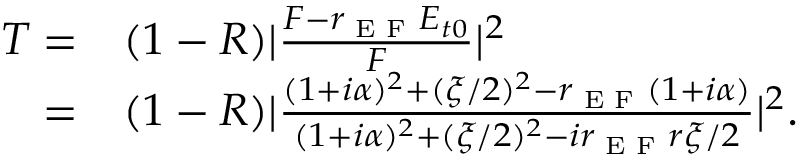
\begin{array} { r l } { T = } & { ( 1 - R ) | \frac { F - r _ { \textrm { E F } } E _ { t 0 } } { F } | ^ { 2 } } \\ { = } & { ( 1 - R ) | \frac { ( 1 + i \alpha ) ^ { 2 } + ( \xi / 2 ) ^ { 2 } - r _ { \textrm { E F } } ( 1 + i \alpha ) } { ( 1 + i \alpha ) ^ { 2 } + ( \xi / 2 ) ^ { 2 } - i r _ { \textrm { E F } } r \xi / 2 } | ^ { 2 } . } \end{array}